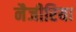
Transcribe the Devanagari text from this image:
नैजीरिया